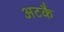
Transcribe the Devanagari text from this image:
अटकै